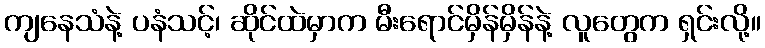
ကျနေသံနဲ့ ပနံသင့်၊ ဆိုင်ထဲမှာက မီးရောင်မှိန်မှိန်နဲ့ လူတွေက ရှင်းလို့။